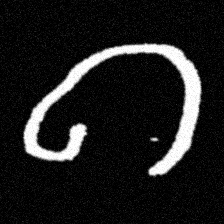
Pyu character \u2014 Myanmar letter: ဂ (romanized: ga)